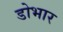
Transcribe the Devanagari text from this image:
डोभार